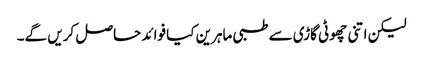
لیکن اتنی چھوٹی گاڑی سے طبی ماہرین کیا فوائد حاصل کریں گے۔